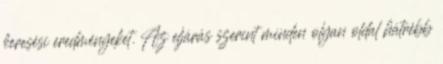
keresési eredményeket. Az eljárás szerint minden olyan oldal hátrébb